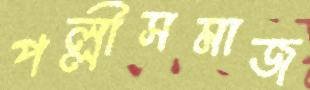
পল্লীসমাজ